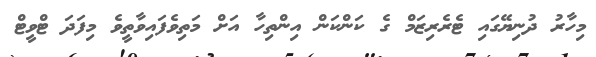
މިހާރު ދުނިޔޭގައި ޓެރެެރިޒަމް ގެ ކަންކަން އިންތިހާ އަށް މަތިވެފައިވާތީވެ މިފަދަ ޓްވީޓް